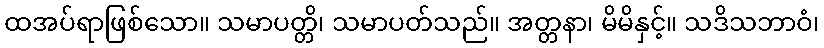
ထအပ်ရာဖြစ်သော။ သမာပတ္တိ၊ သမာပတ်သည်။ အတ္တနာ၊ မိမိနှင့်။ သဒိသဘာဝံ၊